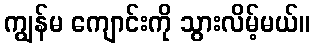
ကျွန်မ ကျောင်းကို သွားလိမ့်မယ်။